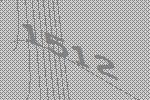
1512